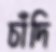
চাঁদি